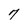
Character: 7